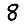
Digit: 8